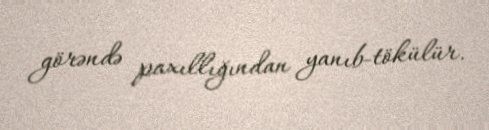
görəndə paxıllığından yanıb-tökülür.